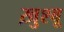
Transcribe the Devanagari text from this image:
ख़ुश्बू